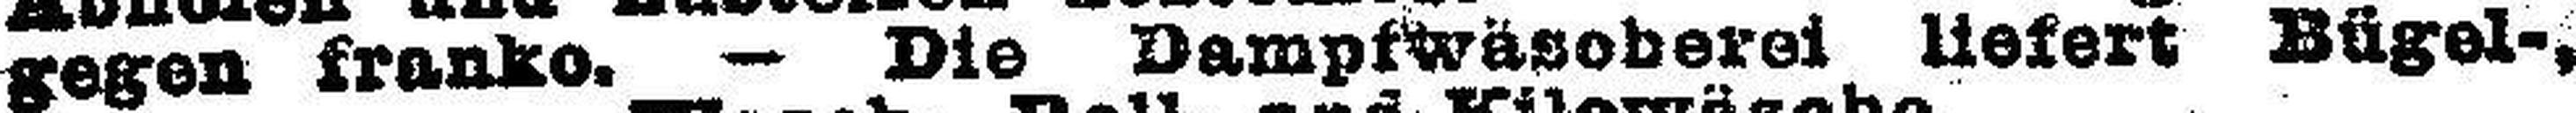
gegen franko. — Die Dampfwäsoberei liefert Bügel-,